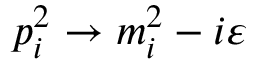
p _ { i } ^ { 2 } \rightarrow m _ { i } ^ { 2 } - i \varepsilon